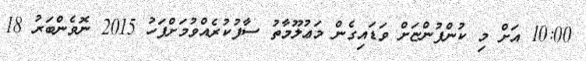
10:00 އަށް މި ކުންފުންޏަށް ވަޑައިގެން މަޢުލޫމާތު ސާފުކުރެއްވުމަށްފަހު 2015 ނޮވެންބަރު 18